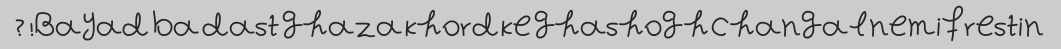
Bayad ba dast ghaza khord ke ghashogh changal nemifrestin! ?